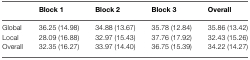
|  | Block 1 | Block 2 | Block 3 | Overall |
 | --- | --- | --- | --- | --- |
 | Global | 36.25 (14.98) | 34.88 (13.67) | 35.78 (12.84) | 35.86 (13.42) |
 | Local | 28.09 (16.88) | 32.97 (15.43) | 37.76 (17.92) | 32.43 (15.26) |
 | Overall | 32.35 (16.27) | 33.97 (14.40) | 36.75 (15.39) | 34.22 (14.27) |